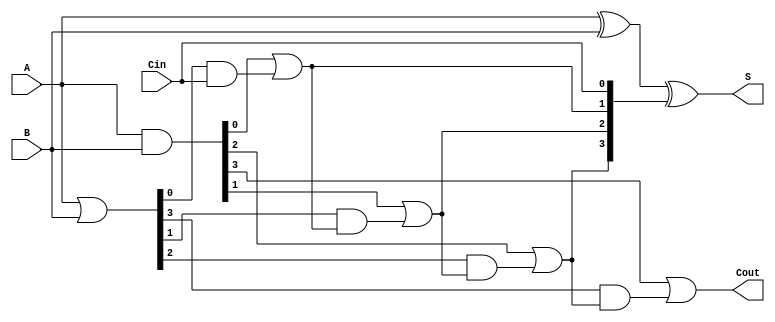
module Sklansky_Adder #(parameter n = 4) (
    input  [n-1:0] A,
    input  [n-1:0] B,
    input          Cin,
    output [n-1:0] S,
    output         Cout
);

    // Generate and Propagate signals
    wire [n-1:0] G; // Generate
    wire [n-1:0] P; // Propagate
    wire [n:0] C;   // Carry

    // Generate and Propagate calculations
    assign G = A & B;          // G[i] = A[i] AND B[i]
    assign P = A | B;          // P[i] = A[i] OR B[i]

    // Carry calculations
    assign C[0] = Cin;         // C[0] = Cin

    genvar i;
    generate
        for (i = 0; i < n; i = i + 1) begin : carry_generation
            if (i == 0) begin
                assign C[1] = G[0] | (P[0] & C[0]); // C[1]
            end else begin
                assign C[i + 1] = G[i] | (P[i] & C[i]); // C[i + 1]
            end
        end
    endgenerate

    // Sum calculation
    assign S = A ^ B ^ C[n-1:0]; // S[i] = A[i] XOR B[i] XOR C[i]

    // Carry out
    assign Cout = C[n]; // Cout = C[n]

endmodule